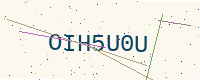
Text: OIH5U0U